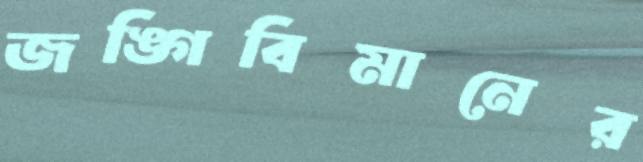
জঙ্গিবিমানের